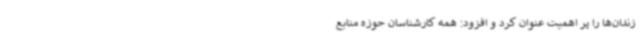
زندان‌ها را پر اهمیت عنوان کرد و افزود: همه کارشناسان حوزه منابع